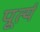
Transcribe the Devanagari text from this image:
पूर्त्य